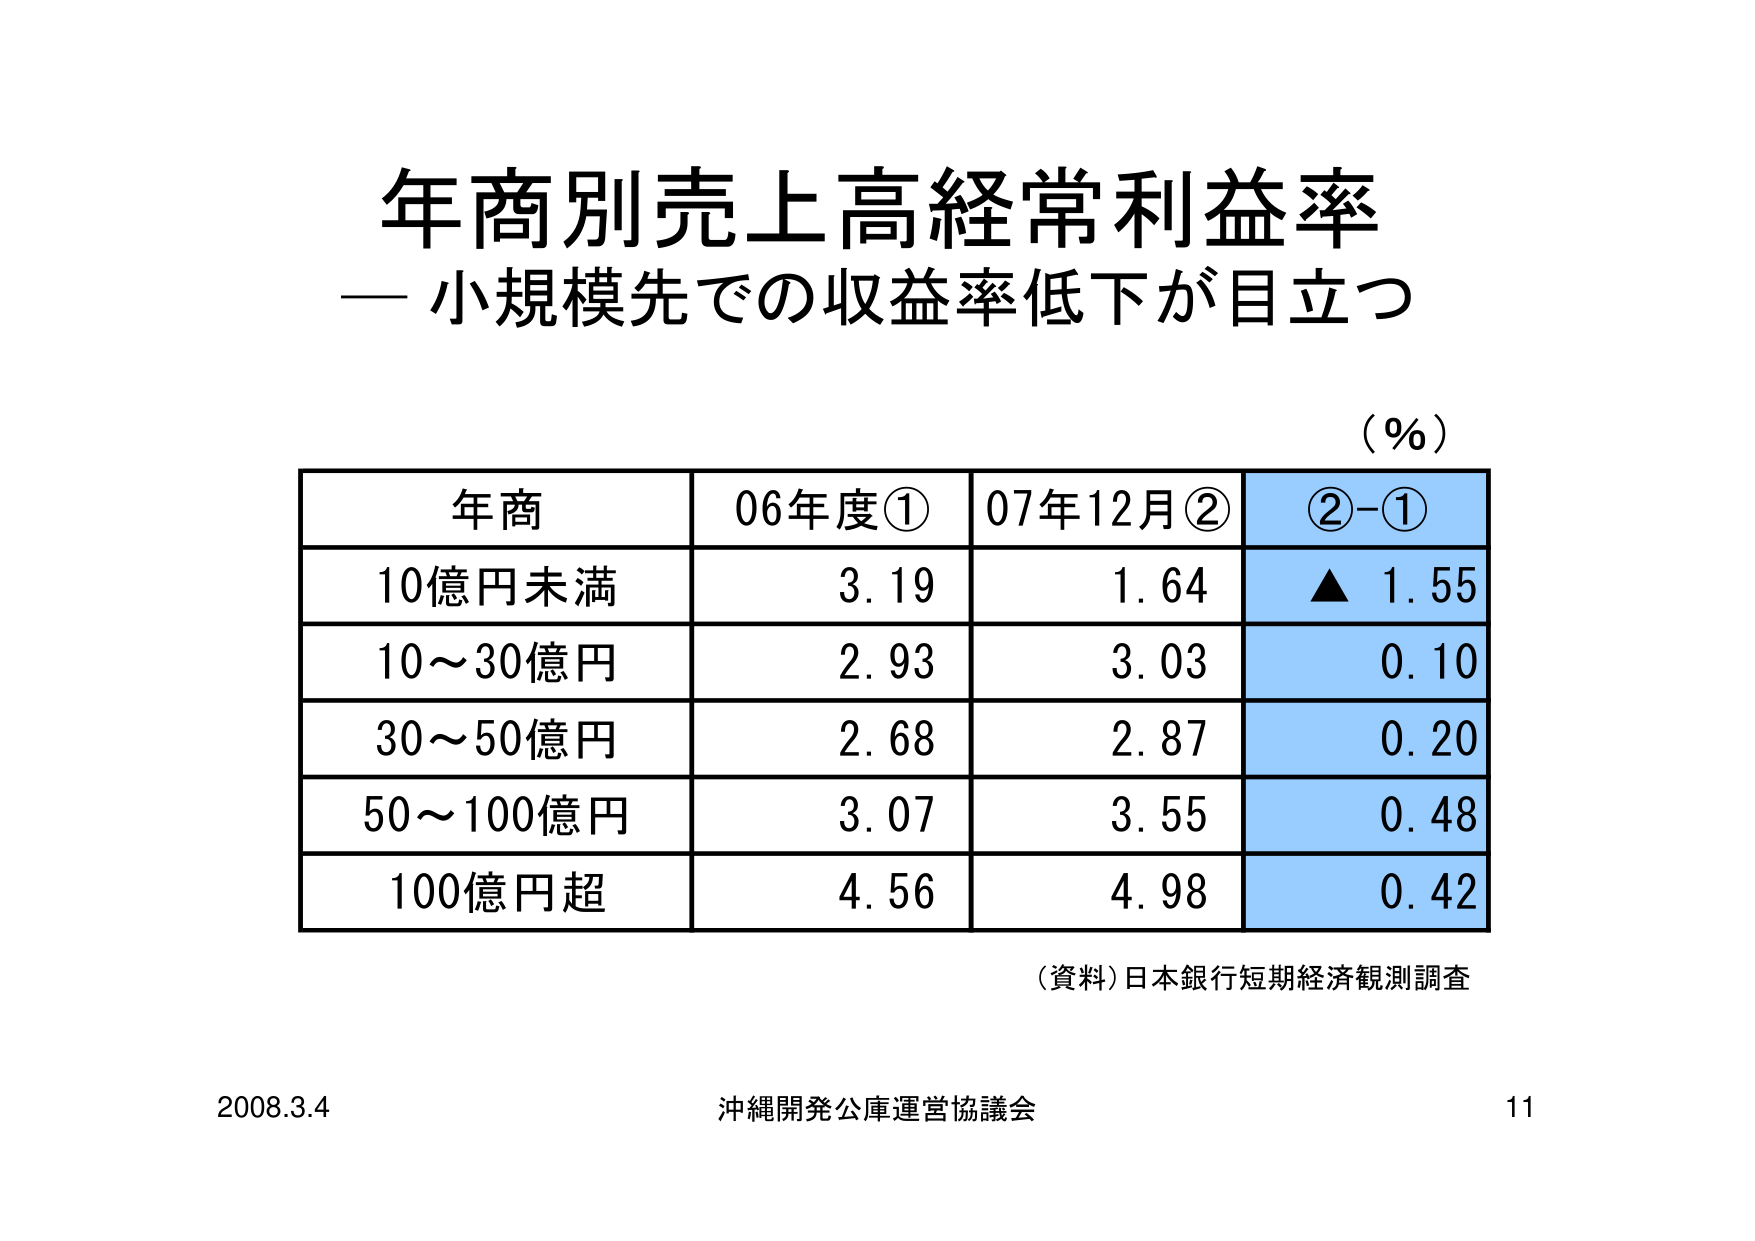
年商別売上高経常利益率
― 小規模先での収益率低下が目立つ

（％）

年商　　06年度①　　07年12月②　　②－①
10億円未満　　3.19　　1.64　　▲ 1.55
10～30億円　　2.93　　3.03　　0.10
30～50億円　　2.68　　2.87　　0.20
50～100億円　　3.07　　3.55　　0.48
100億円超　　4.56　　4.98　　0.42

（資料）日本銀行短期経済観測調査

2008.3.4　　沖縄開発公庫運営協議会　　11